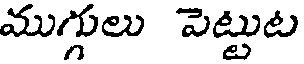
ముగ్గులు పెట్టుట